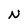
Character: N